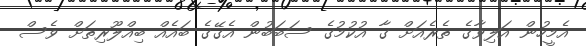
އެމީހުން އަލިވާގެ ތެރެއަށް ގާ އުކުމުގެ ސަބަބުން އެގޭގެ ބައެއް ބިއްލޫރިތަށް ވެސް